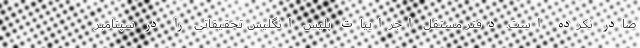
صادر نکرده است. دفتر مستقل اجراییات پلیس انگلیس تحقیقاتی را در سپتامبر